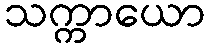
သက္ကာယော